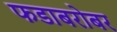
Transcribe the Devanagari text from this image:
फडाबरोबर